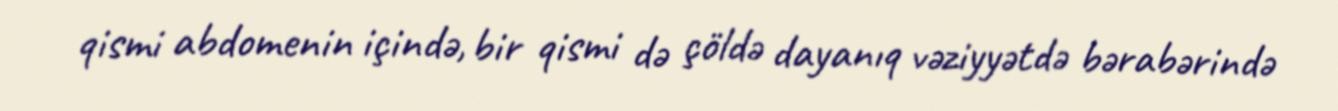
qismi abdomenin içində, bir qismi də çöldə dayanıq vəziyyətdə bərabərində